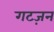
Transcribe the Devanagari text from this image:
गटज़न